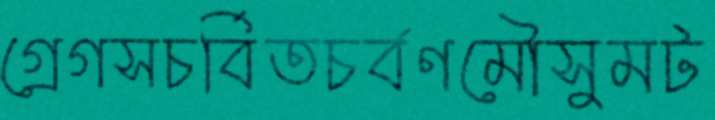
গ্রেগসচর্বিতচর্বণমৌসুমট